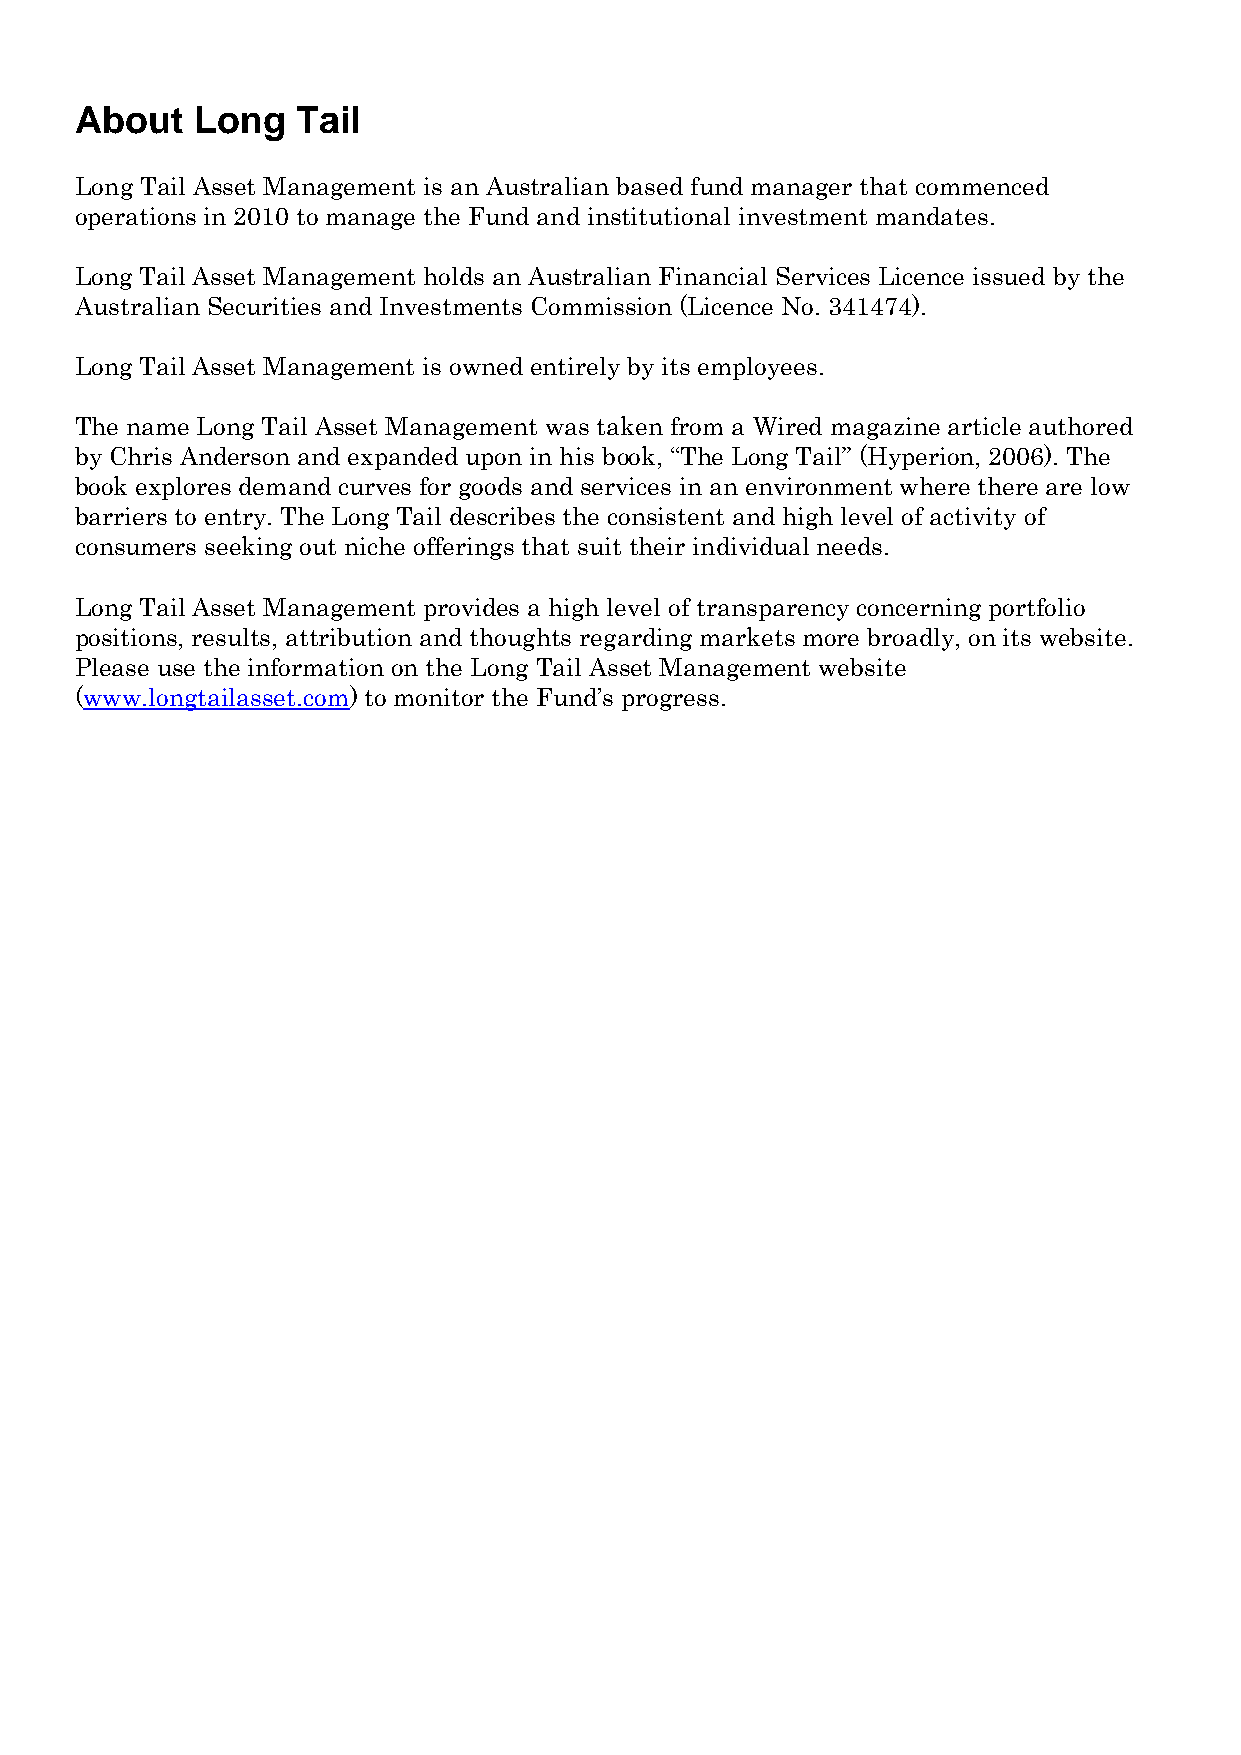
About   Long   Tail
 Long Tail Asset Management is an Australian based fund manager that commenced
 operations in 2010 to manage the Fund and institutional investment mandates.
 Long Tail Asset Management holds an Australian Financial Services Licence issued by the
 Australian Securities and Investments Commission (Licence No. 341474).
 Long Tail Asset Management is owned entirely by its employees.
 The name Long Tail Asset Management was taken from a Wired magazine article authored
 by Chris Anderson and expanded upon in his book, “The Long Tail” (Hyperion, 2006). The
 book explores demand curves for goods and services in an environment where there are low
 barriers to entry. The Long Tail describes the consistent and high level of activity of
 consumers seeking out niche offerings that suit their individual needs.
 Long Tail Asset Management provides a high level of transparency concerning portfolio
 positions, results, attribution and thoughts regarding markets more broadly, on its website.
 Please use the information on the Long Tail Asset Management website
 (www.longtailasset.com) to monitor the Fund’s progress.